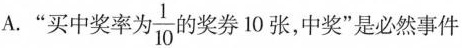
A."买中奖率为\frac{1}{10}的奖券10张，中奖”是必然事件